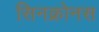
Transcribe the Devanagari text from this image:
सिनक्रोनस